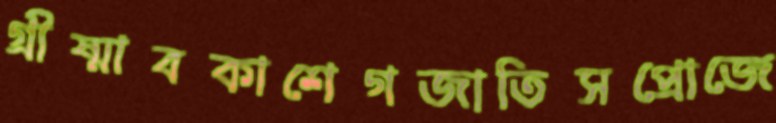
গ্রীষ্মাবকাশেগজাতিসপ্রোজে